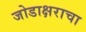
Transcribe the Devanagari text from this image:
जोडाक्षराचा